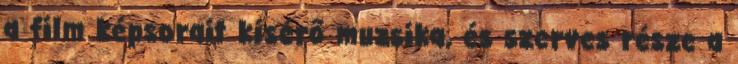
a film képsorait kísérő muzsika, és szerves része a